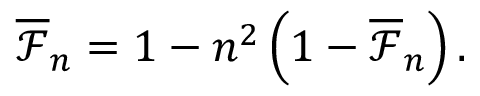
\overline { { \mathcal { F } } } _ { n } = 1 - n ^ { 2 } \left( 1 - \overline { { \mathcal { F } } } _ { n } \right) .